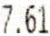
7.61